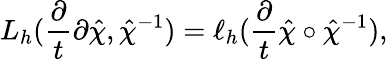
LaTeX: L_{h}(\frac{\partial}{t}{\partial\hat{\chi}},\hat{\chi}^{-1})=\ell_{h}(\frac{\partial}{t}\hat{\chi}\circ\hat{\chi}^{-1}),